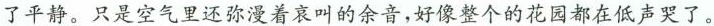
了平静。只是空气里还弥漫着哀叫的余音，好像整个的花园都在低声哭了。